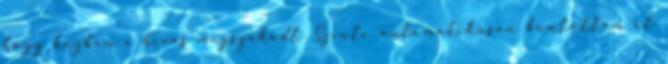
hogy közben a hívás megszakadt. Szinte automatikusan bontottam el